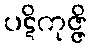
ပဋိကုဇ္ဇိ